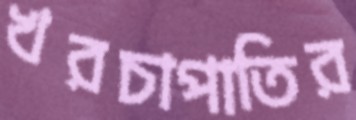
খরচাপাতির